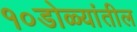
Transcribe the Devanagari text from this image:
१०डोळ्यांतील